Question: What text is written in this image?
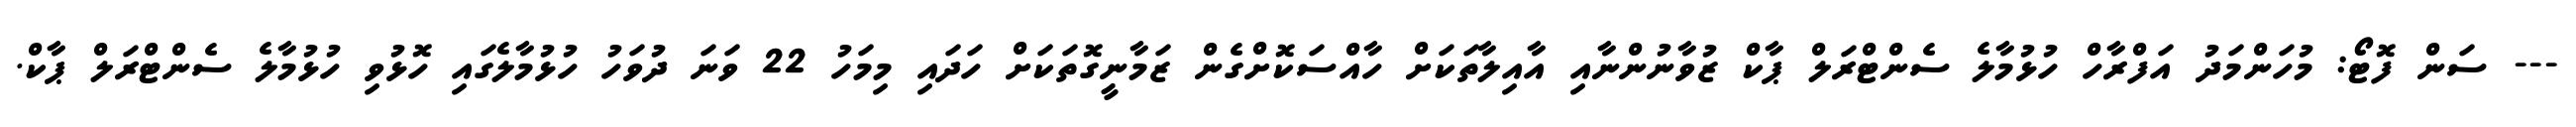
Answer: --- ސަން ފޮޓޯ: މުހަންމަދު އަފްރާހް ހުޅުމާލެ ސެންޓްރަލް ޕާކް ޒުވާނުންނާއި އާއިލާތަކަށް ހާއްސަކޮށްގެން ޒަމާނީގޮތަކަށް ހަދައި މިމަހު 22 ވަނަ ދުވަހު ހުޅުމާލެގައި ހޮޅުވި ހުޅުމާލެ ސެންޓްރަލް ޕާކް.